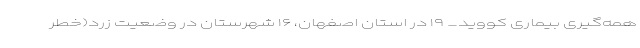
همه‌گیری بیماری کووید_ ۱۹ در استان اصفهان، ۱۶ شهرستان در وضعیت زرد(خطر